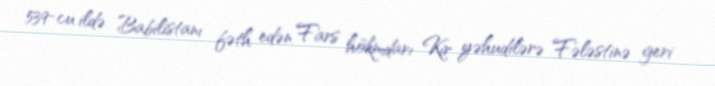
539-cu ildə Babilistanı fəth edən Fars hökmdarı Kir yəhudilərə Fələstinə geri